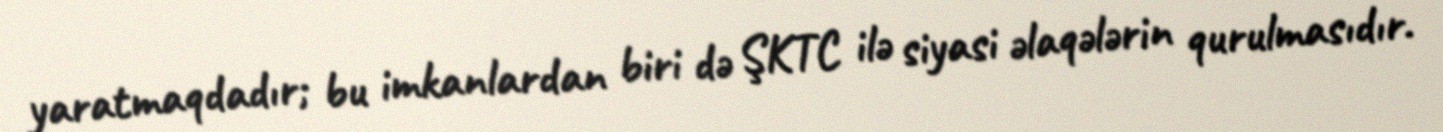
yaratmaqdadır; bu imkanlardan biri də ŞKTC ilə siyasi əlaqələrin qurulmasıdır.